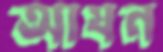
আঘন